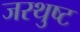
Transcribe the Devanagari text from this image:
जरथुष्ट